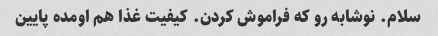
سلام. نوشابه رو که فراموش کردن. کیفیت غذا هم اومده پایین